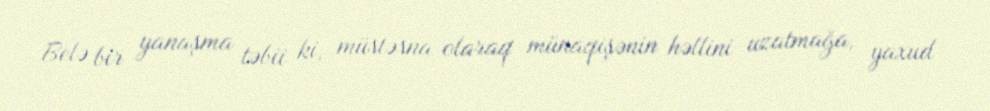
Belə bir yanaşma təbii ki, müstəsna olaraq münaqişənin həllini uzatmağa, yaxud